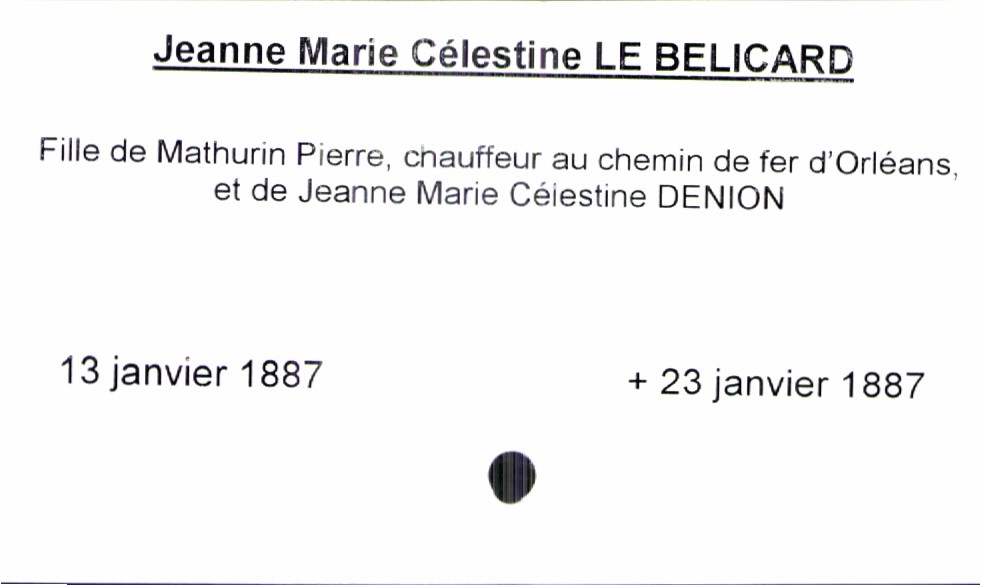
type_acte: Baptême
filiation: fille
enfant_prénom: Jeanne Marie Célestine
enfant_date_de_naissance: 13 janvier 1887
enfant_date_de_décès: 23 janvier 1887
père_enfant_nom: Le Belicard
père_enfant_prénom: Mathruin Pierre
père_enfant_profession: chauffeur au chemin de fer d'Orléans
mère_enfant_nom: Denion
mère_enfant_prénom: Jeanne Marie Célestine